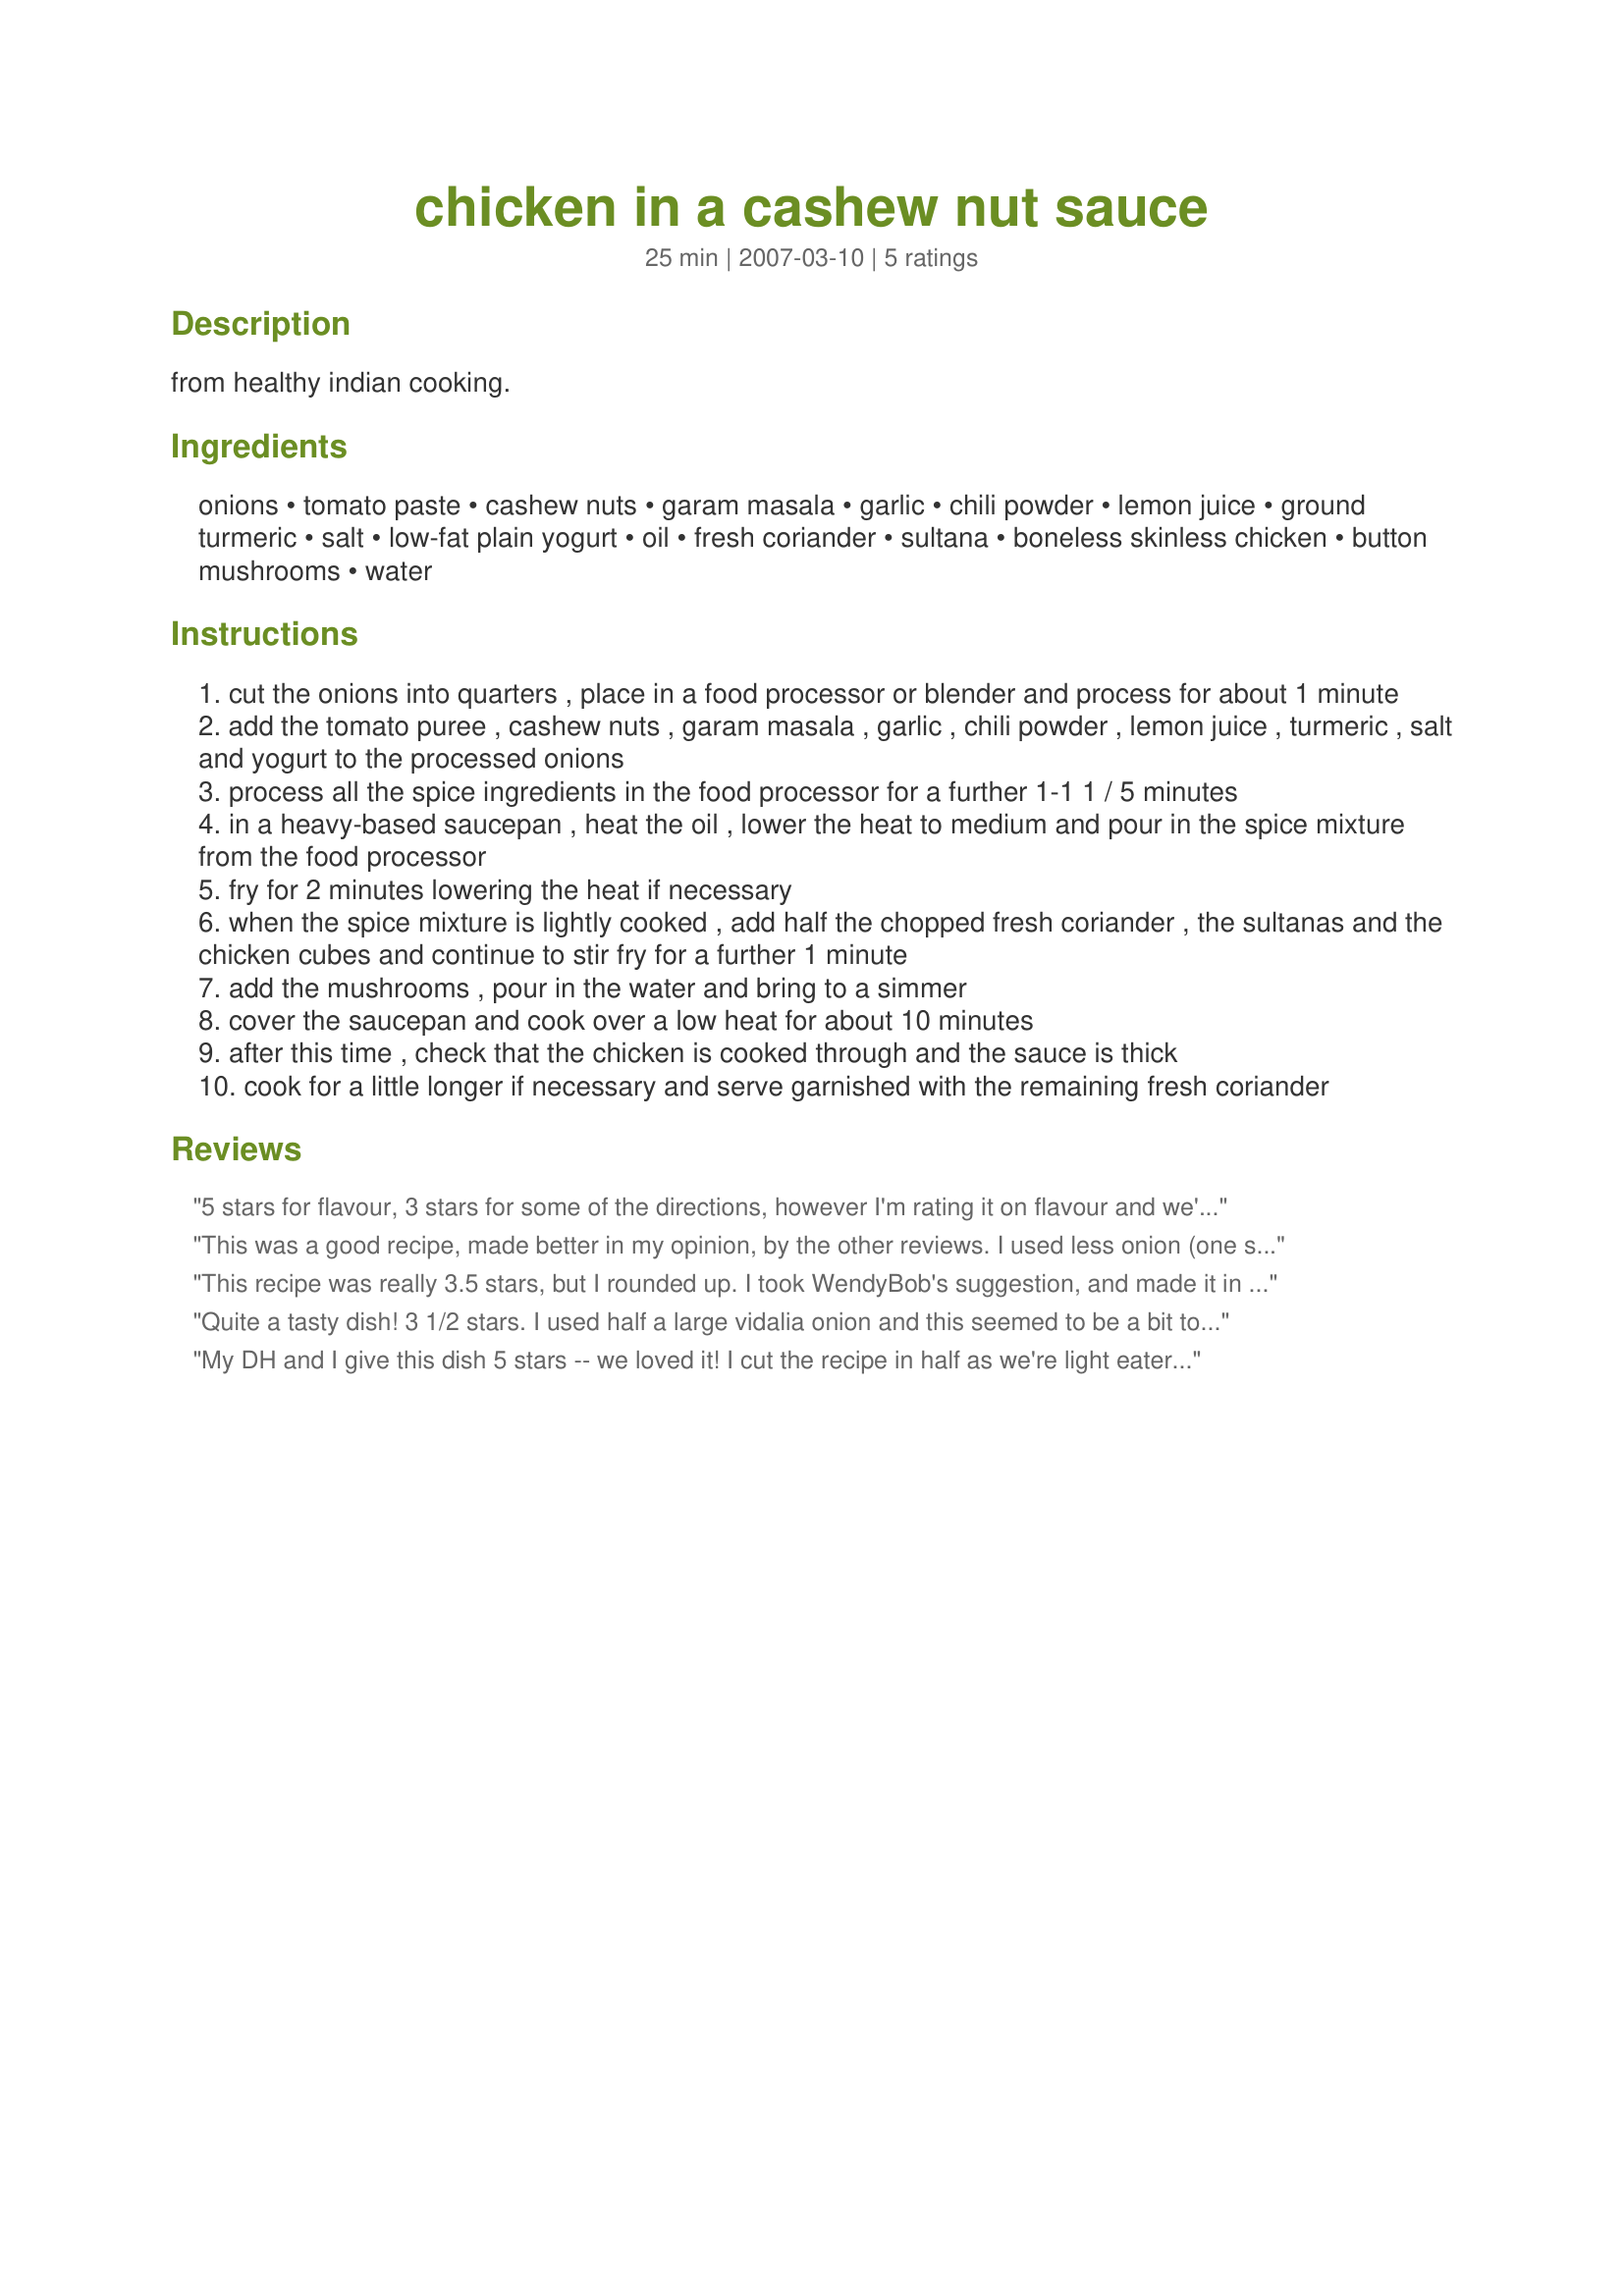
chicken in a cashew nut sauce
Preparation time: 25 minutes

from healthy indian cooking.

Ingredients:
onions, tomato paste, cashew nuts, garam masala, garlic, chili powder, lemon juice, ground turmeric, salt, low-fat plain yogurt, oil, fresh coriander, sultana, boneless skinless chicken, button mushrooms, water

Steps:
cut the onions into quarters , place in a food processor or blender and process for about 1 minute
add the tomato puree , cashew nuts , garam masala , garlic , chili powder , lemon juice , turmeric , salt and yogurt to the processed onions
process all the spice ingredients in the food processor for a further 1-1 1 / 5 minutes
in a heavy-based saucepan , heat the oil , lower the heat to medium and pour in the spice mixture from the food processor
fry for 2 minutes lowering the heat if necessary
when the spice mixture is lightly cooked , add half the chopped fresh coriander , the sultanas and the chicken cubes and continue to stir fry for a further 1 minute
add the mushrooms , pour in the water and bring to a simmer
cover the saucepan and cook over a low heat for about 10 minutes
after this time , check that the chicken is cooked through and the sauce is thick
cook for a little longer if necessary and serve garnished with the remaining fresh coriander

Reviews:
5 stars for flavour, 3 stars for some of the directions, however I'm rating it on flavour and we'll DEFINITELY be having this again.
Our blender is a bit useless so I decided to make this by hand, ie. finely chopping everything. and it still came out beautifully. The flavours are fantastic - it's quite mild on the curry front but is certainly not lacking flavour in any way. I made this as stated except for the sultanas which I omitted (personal preference) and I used double cream instead of yogurt because my yogurt had turned and cream was all I had in. My qualms re: direction, etc. were as mentioned before. As directed, there was too much water. In view of this I feel the 10min cook time is inaccurate and 20 minutes is more like it if you want to get the sauce thicker. I simmered this for 5mins covered and, when it was looking far too watery, removed the saucepan cover and simmered for another 15mins. All in all I think the whole recipe would have probably been better suited to a frying pan, in which case the water would have evaporated quicker and the amounts would probably have been fine. When I make this again I will definitely be trying it that way. I can't say enough how much we enjoyed this though. My picky other half usually won't touch curries (despite my best efforts) but we both thoroughly enjoyed it and will definitely be having it again. Even with an extended cooking time it is a quick and easy curry to make and is also very healthy. I suspect that you could quite easily use less oil, and I also suspect that this would work very nicely in the crockpot. We will most definitely have this again but I will be doing a lot of tampering with the directions. Don't let that put you off though - this is very good - flavourful, healthy and easy to make! Thanks for sharing Redsie!
This was a good recipe, made better in my opinion, by the other reviews. I used less onion (one small) and less water (only 3/4c) and I also upped the spices slightly. My own changes were: no mushrooms, because we didn't have, no sultanas, because DH hates, and, I totally forgot the tomato paste!!!! I didn't realize it til later because it seemed something was missing, and I imagine the tomato paste lends a lot to the overall flavor, so we'll try it again soon with that. I still found that even with one onion, that was too predominant a flavor. While I was cooking, DH said that his eyes were burning, this is after the onion had been 'cooking out' for a good 20 minutes. Still, we did enjoy it. One more point- this is a very, very, very simple dish. Very easy to cook- and quick too. Thanks!
This recipe was really 3.5 stars, but I rounded up. I took WendyBob's suggestion, and made it in the crock pot. I also put potatoes in it too, for a one dish meal. I used 1/8 tsp cayenne instead of the chili powder and doubled the garam masala. Serving size should probably be 2, instead of 4. Very easy, good flavor, and smells delicious while cooking.
Quite a tasty dish! 3 1/2 stars. I used half a large vidalia onion and this seemed to be a bit too much, as the onion flavour was quite prominent. I used only 1 cup of water and still had to simmer this 20 minutes to get the sauce to the desired thickness. For the chicken I used thighs. I served this dish with basmati rice. Made for PAC Spring 2007.
My DH and I give this dish 5 stars -- we loved it! I cut the recipe in half as we're light eaters, omitted the sultanas and used chicken thighs instead of breasts. Otherwise, I followed instructions to the "t" and it was great. Very flavorful, yet delicate. Not spicy at all. Served it over rice with tomatoes and plain yogurt as garnish. *Note: this is the exact same recipe as the one found in CURRY by Mridula Baljekar.
